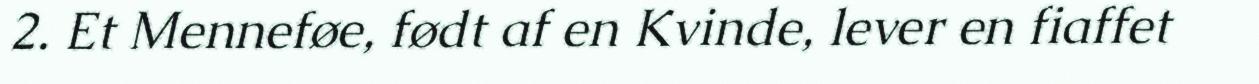
2. Et Menneføe, født af en Kvinde, lever en fiaffet